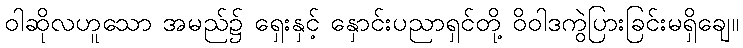
ဝါဆိုလဟူသော အမည်၌ ရှေးနှင့် နှောင်းပညာရှင်တို့ ဝိဝါဒကွဲပြားခြင်းမရှိချေ။